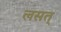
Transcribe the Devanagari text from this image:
लसत्